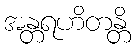
အန္တရဟိတန္တိ